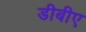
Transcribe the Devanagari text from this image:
डीबीए